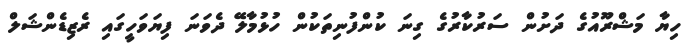
ހިޔާ މަޝްރޫއުގެ ދަށުން ސަރުކާރުގެ ގިނަ ކުންފުނިތަކުން ހުޅުމާލޭ ދެވަނަ ފިޔަވަހީގައި ރެޒިޑެންޝަލް